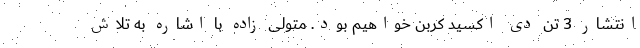
انتشار 3 تن دی اکسید کربن خواهیم بود. متولی زاده با اشاره به تلاش